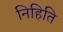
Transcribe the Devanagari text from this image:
निहिति